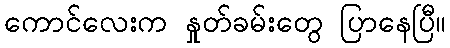
ကောင်လေးက နှုတ်ခမ်းတွေ ပြာနေပြီ။